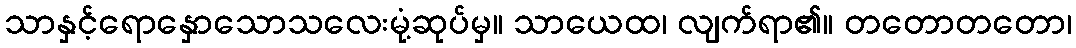
သာနှင့်ရောနှောသောသလေးမုံ့ဆုပ်မှ။ သာယေထ၊ လျက်ရာ၏။ တတောတတော၊